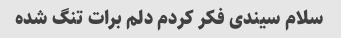
سلام سیندی فکر کردم دلم برات تنگ شده